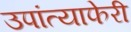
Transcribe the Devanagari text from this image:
उपांत्याफेरी